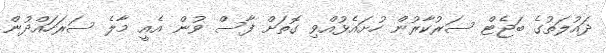
ދައުލަތުގެ ބަޖެޓް ސަރުކާރުން ހުށައެޅުއްވި ގޮތަށް ފާސް ވުން އެއީ މާލެ ސަރަހައްދުން